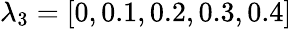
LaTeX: \lambda_{3}=[0,0.1,0.2,0.3,0.4]